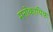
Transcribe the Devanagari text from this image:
मनोकायिक